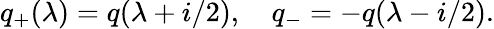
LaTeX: q_{+}(\lambda)=q(\lambda+i/2),\quad q_{-}=-q(\lambda-i/2).